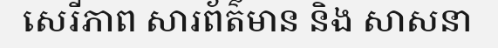
សេរីភាព សារព័ត៌មាន និង សាសនា